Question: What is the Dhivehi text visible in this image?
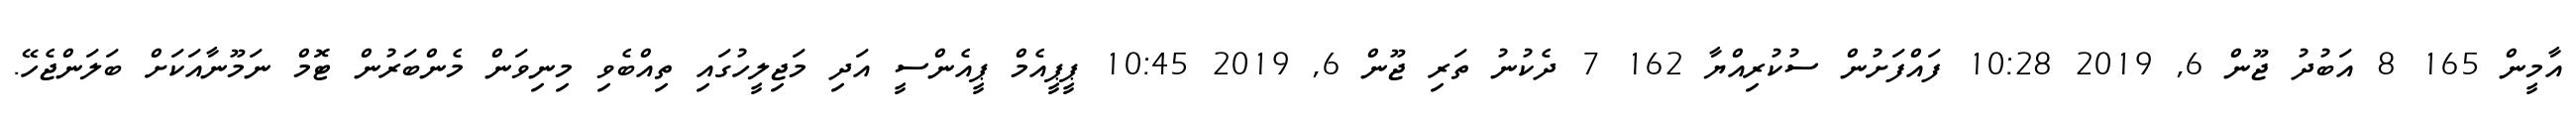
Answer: އާމީން 165 8 އަބުދު ޖޫން 6, 2019 10:28 ފައްފަށުން ސުކުރިއްޔާ 162 7 ދެކުނު ތަރި ޖޫން 6, 2019 10:45 ޕީޕީއެމް ޕީއެންސީ އަދި މަޖިލީހުގައި ތިއްބެވި މިނިވަން މެންބަރުން ޓޮމް ނަމޫނާއަކަށް ބަލަންޖެހޭ.